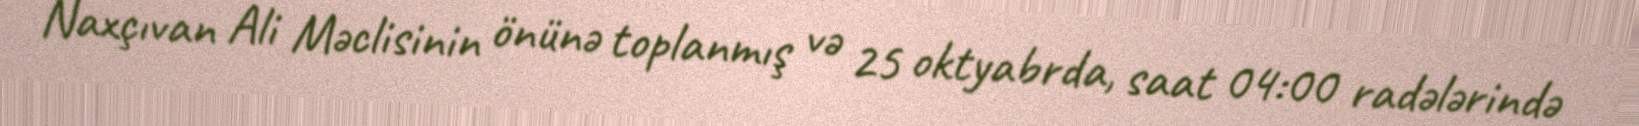
Naxçıvan Ali Məclisinin önünə toplanmış və 25 oktyabrda, saat 04:00 radələrində